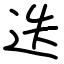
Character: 迭